Report on enteric fever
Disease focus: Fever
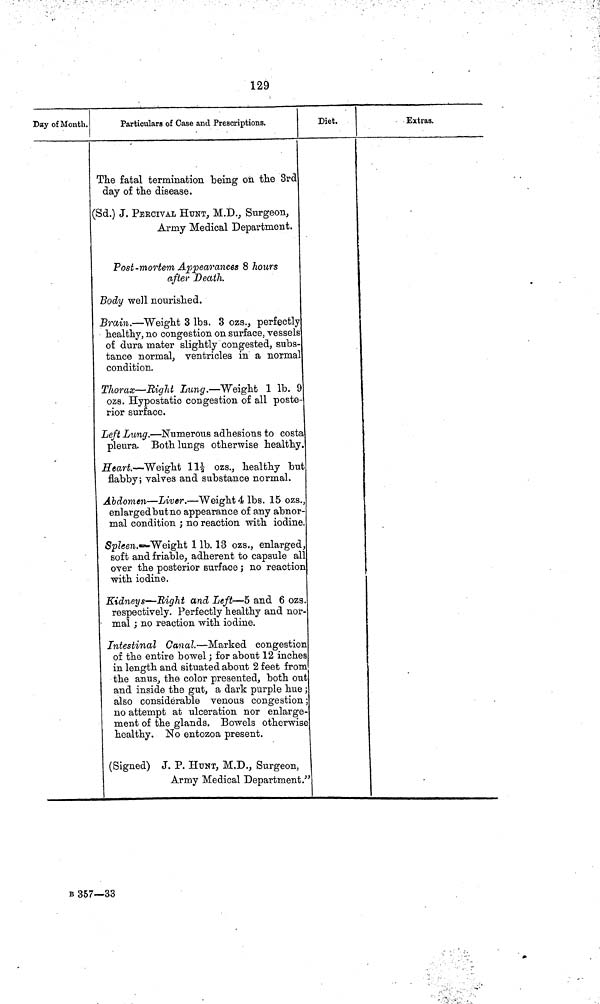
129
Day of Month.
Particulars of Case and Prescriptions.
The fatal termination being on the 3rd
day of the disease.
(Sd.) J. PERCIVAL HUNT, M.D., Surgeon,
Army Medical Department.
Post-mortem Appearances 8 hours
after Death.
Body well nourished.
Brain.—Weight 3 lbs. 3 ozs., perfectly
healthy, no congestion on surface, vessels
of dura mater slightly congested, subs-
tance normal, ventricles in a normal
condition.
Thorax—Right Lung.—Weight 1 lb. 9
ozs. Hypostatio congestion of all poste-
rior surface.
Left Lung.—Numerous adhesions to costa
pleura. Both lungs otherwise healthy.
Heart.—Weight 11½ ozs., healthy but
flabby; valves and substance normal.
Abdomen—Liver.—Weight 4 lbs. 15 ozs.,
enlarged butno appearance of any abnor-
mal condition ; no reaction with iodine
Spleen.—Weight 1 lb. 13 ozs., enlarged,
soft and friable, adherent to capsule all
over the posterior surface ; no reaction
with iodine.
Kidneys—Eight and Left—5 and 6 ozs.
respectively. Perfectly healthy and nor-
mal ; no reaction with iodine.
Intestinal Canal.—Marked congestion
of the entire bowel ; for about 12 inches
in length and situated about 2 feet from
the anus, the color presented, both out
and inside the gut, a dark purple hue;
also considerable venous congestion;
no attempt at ulceration nor enlarge-
ment of the glands. Bowels otherwise
healthy. No entozoa present.
(Signed) J. P. HUNT, M.D., Surgeon,
Army Medical Department."
Diet.
Extras.
B 357—33